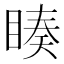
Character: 𭿅